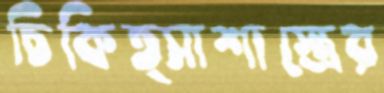
চিকিত্সাশাস্ত্রের